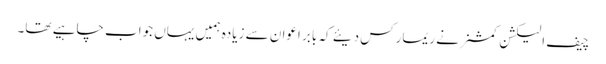
چیف الیکشن کمشنر نے ریمارکس دیئے کہ بابر اعوان سے زیادہ ہمیں یہاں جواب چاہیے تھا۔